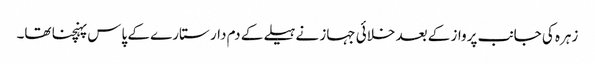
زہرہ کی جانب پرواز کے بعد خلائی جہاز نے ہیلے کے دم دار ستارے کے پاس پہنچنا تھا۔